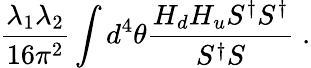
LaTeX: {\frac{\lambda_{1}\lambda_{2}}{16\pi^{2}}}\int d^{4}\theta{\frac{H_{d}H_{u}S^{\dagger}S^{\dagger}}{S^{\dagger}S}}\; .